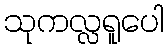
သုကလ္လရူပေါ